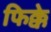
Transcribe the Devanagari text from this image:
फिक्के